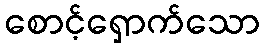
စောင့်ရှောက်သော